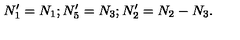
N _ { 1 } ^ { \prime } = N _ { 1 } ; N _ { 5 } ^ { \prime } = N _ { 3 } ; N _ { 2 } ^ { \prime } = N _ { 2 } - N _ { 3 } .